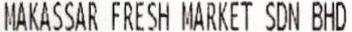
MAKASSAR FRESH MARKET SDN BHD